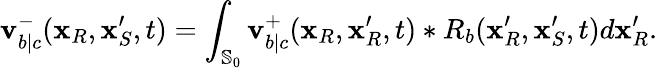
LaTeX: \mathbf{v}_{b|c}^{-}(\mathbf{{x}}_{R},\mathbf{{x}}_{S}^{\prime},t)=\int_{\mathbb{{S}}_{0}}\mathbf{v}_{b|c}^{+}(\mathbf{{x}}_{R},\mathbf{{x}}_{R}^{\prime},t)*R_{b}(\mathbf{{x}}_{R}^{\prime},\mathbf{{x}}_{S}^{\prime},t)d\mathbf{{x}}_{R}^{\prime}.